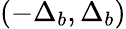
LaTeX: (-\Delta_{b},\Delta_{b})